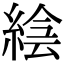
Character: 𦁌